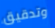
وتدقيق